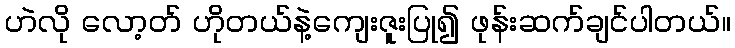
ဟဲလို လော့တ် ဟိုတယ်နဲ့ကျေးဇူးပြု၍ ဖုန်းဆက်ချင်ပါတယ်။